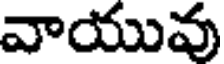
వాయువు